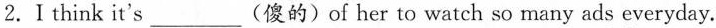
2.Ⅰthink it's___ (傻的)of her to watch so many ads everyday.